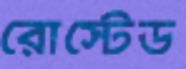
রোস্টেড